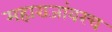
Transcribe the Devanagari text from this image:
महाराजांवरच